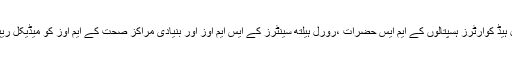
اس ضمن میں ڈی سی او کے جاری کردہ مراسلہ میں ای ڈی او ہیلتھ ،ڈسٹرکٹ ہیڈکوارٹرزاور تحصیل ہیڈ کوارٹرز ہسپتالوں کے ایم ایس حضرات ،رورل ہیلتھ سینٹرز کے ایس ایم اوز اور بنیادی مراکز صحت کے ایم اوز کو میڈیکل ریپس پر عائد کی گئی پابندی کے احکامات پر سختی سے عملدرآمد یقینی بنانے کی ہدایت کی گئی ہے ۔